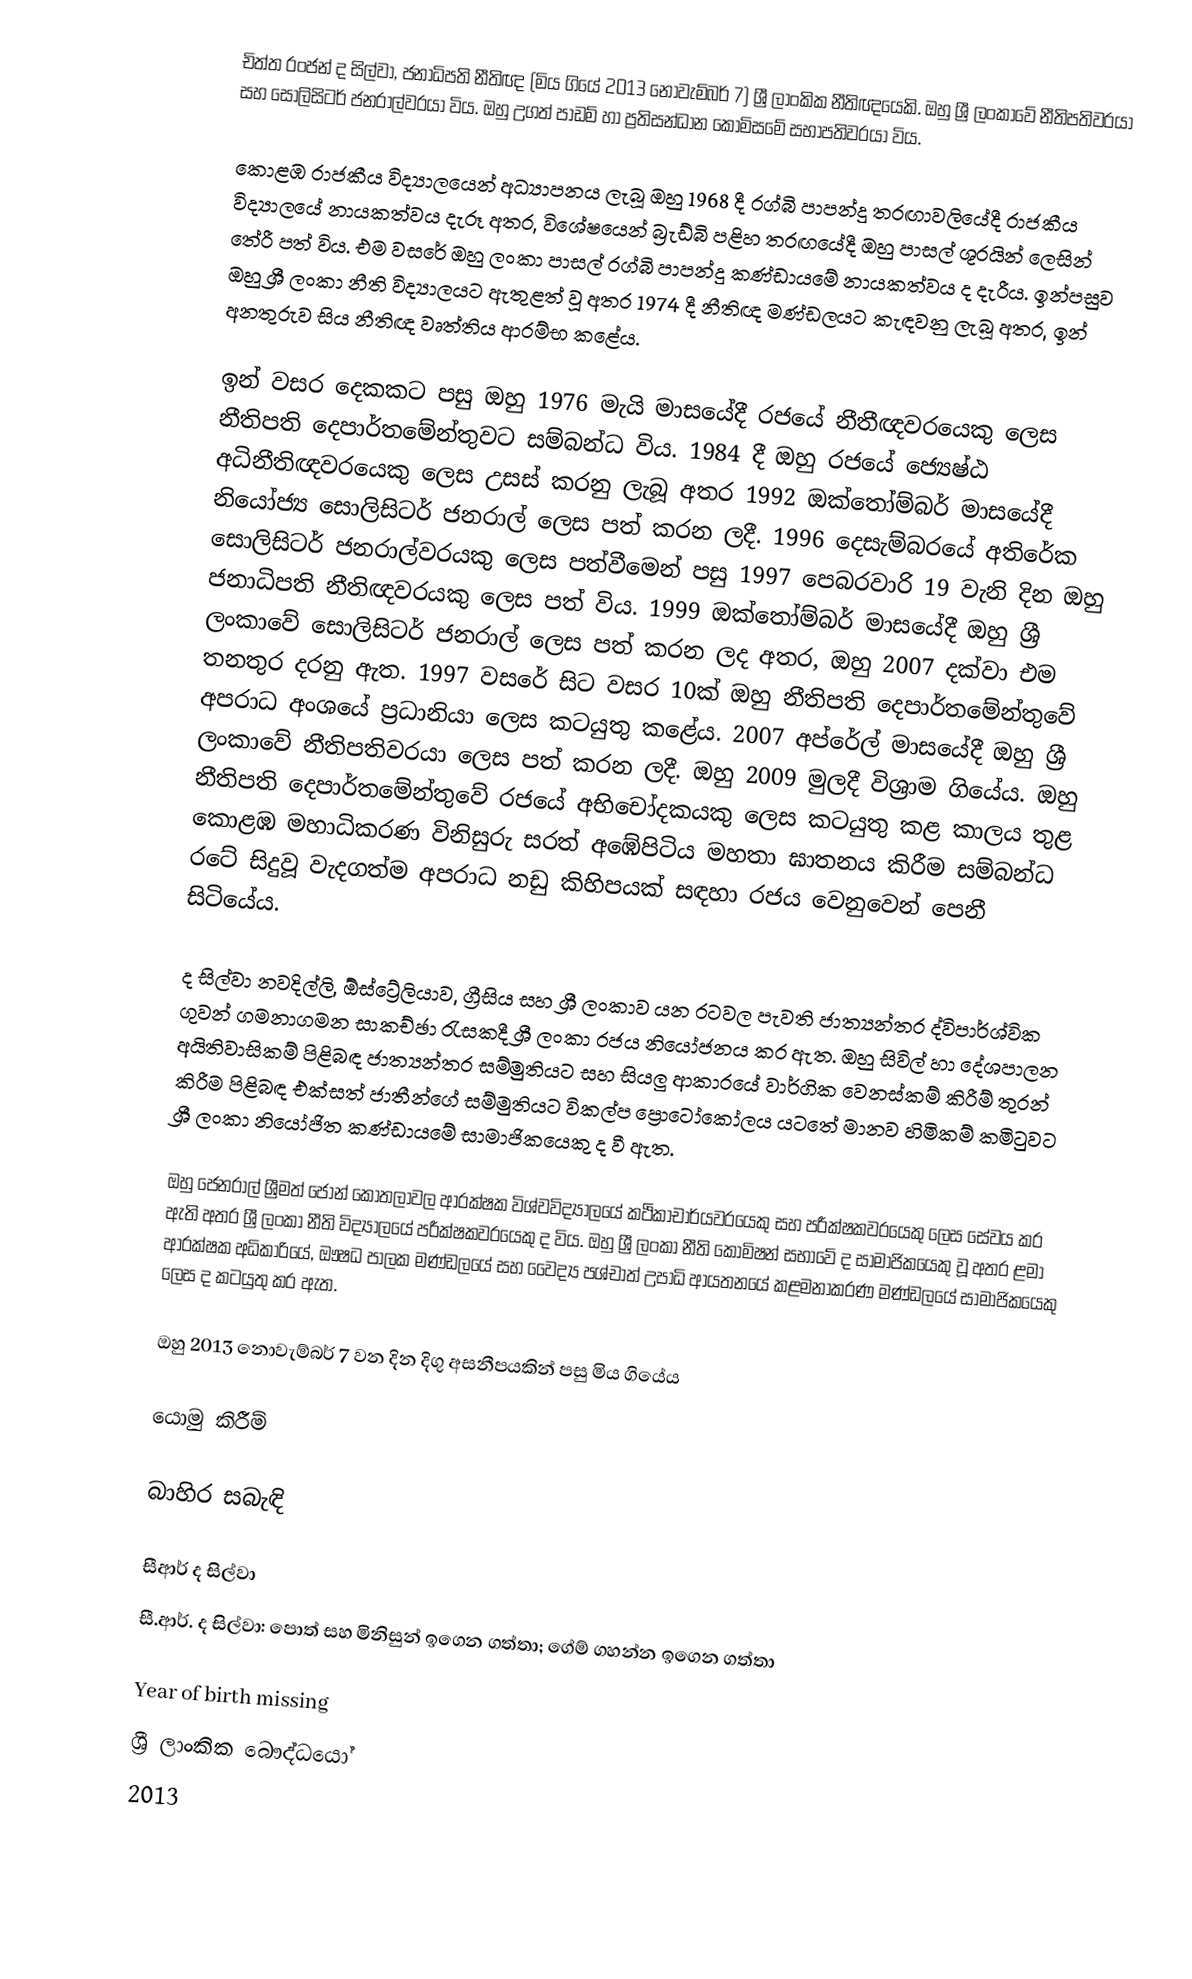
චිත්ත රංජන් ද සිල්වා, ජනාධිපති නීතිඥ (මිය ගියේ 2013 නොවැම්බර් 7) ශ්‍රී ලාංකික නීතිඥයෙකි. ඔහු ශ්‍රී ලංකාවේ නීතිපතිවරයා සහ සොලිසිටර් ජනරාල්වරයා විය. ඔහු උගත් පාඩම් හා ප්‍රතිසන්ධාන කොමිසමේ සභාපතිවරයා විය.

කොළඹ රාජකීය විද්‍යාලයෙන් අධ්‍යාපනය ලැබූ ඔහු 1968 දී රග්බි පාපන්දු තරඟාවලියේදී රාජකීය විද්‍යාලයේ නායකත්වය දැරූ අතර, විශේෂයෙන් බ්‍රැඩ්බි පළිහ තරඟයේදී ඔහු පාසල් ශූරයින් ලෙසින් තේරී පත් විය. එම වසරේ ඔහු ලංකා පාසල් රග්බි පාපන්දු කණ්ඩායමේ නායකත්වය ද දැරීය. ඉන්පසුව ඔහු ශ්‍රී ලංකා නීති විද්‍යාලයට ඇතුළත් වූ අතර 1974 දී නීතිඥ මණ්‌ඩලයට කැඳවනු ලැබූ අතර, ඉන් අනතුරුව සිය නීතිඥ වෘත්තිය ආරම්භ කළේය.

ඉන් වසර දෙකකට පසු ඔහු 1976 මැයි මාසයේදී රජයේ නීතීඥවරයෙකු ලෙස නීතිපති දෙපාර්තමේන්තුවට සම්බන්ධ විය. 1984 දී ඔහු රජයේ ජ්‍යෙෂ්ඨ අධිනීතිඥවරයෙකු ලෙස උසස් කරනු ලැබූ අතර 1992 ඔක්තෝම්බර් මාසයේදී නියෝජ්‍ය සොලිසිටර් ජනරාල් ලෙස පත් කරන ලදී. 1996 දෙසැම්බරයේ අතිරේක සොලිසිටර් ජනරාල්වරයකු ලෙස පත්වීමෙන් පසු 1997 පෙබරවාරි 19 වැනි දින ඔහු ජනාධිපති නීතිඥවරයකු ලෙස පත් විය. 1999 ඔක්තෝම්බර් මාසයේදී ඔහු ශ්‍රී ලංකාවේ සොලිසිටර් ජනරාල් ලෙස පත් කරන ලද අතර, ඔහු 2007 දක්වා එම තනතුර දරනු ඇත. 1997 වසරේ සිට වසර 10ක් ඔහු නීතිපති දෙපාර්තමේන්තුවේ අපරාධ අංශයේ ප්‍රධානියා ලෙස කටයුතු කළේය. 2007 අප්රේල් මාසයේදී ඔහු ශ්‍රී ලංකාවේ නීතිපතිවරයා ලෙස පත් කරන ලදී. ඔහු 2009 මුලදී විශ්‍රාම ගියේය. ඔහු නීතිපති දෙපාර්තමේන්තුවේ රජයේ අභිචෝදකයකු ලෙස කටයුතු කළ කාලය තුළ කොළඹ මහාධිකරණ විනිසුරු සරත් අඹේපිටිය මහතා ඝාතනය කිරීම සම්බන්ධ රටේ සිදුවූ වැදගත්ම අපරාධ නඩු කිහිපයක් සඳහා රජය වෙනුවෙන් පෙනී සිටියේය.

ද සිල්වා නවදිල්ලි, ඕස්ට්‍රේලියාව, ග්‍රීසිය සහ ශ්‍රී ලංකාව යන රටවල පැවති ජාත්‍යන්තර ද්විපාර්ශ්වික ගුවන් ගමනාගමන සාකච්ඡා රැසකදී ශ්‍රී ලංකා රජය නියෝජනය කර ඇත. ඔහු සිවිල් හා දේශපාලන අයිතිවාසිකම් පිළිබඳ ජාත්‍යන්තර සම්මුතියට සහ සියලු ආකාරයේ වාර්ගික වෙනස්කම් කිරීම් තුරන් කිරීම පිළිබඳ එක්සත් ජාතීන්ගේ සම්මුතියට විකල්ප ප්‍රොටෝකෝලය යටතේ මානව හිමිකම් කමිටුවට ශ්‍රී ලංකා නියෝජිත කණ්ඩායමේ සාමාජිකයෙකු ද වී ඇත.

ඔහු ජෙනරාල් ශ්‍රීමත් ජෝන් කොතලාවල ආරක්ෂක විශ්වවිද්‍යාලයේ කථිකාචාර්යවරයෙකු සහ පරීක්ෂකවරයෙකු ලෙස සේවය කර ඇති අතර ශ්‍රී ලංකා නීති විද්‍යාලයේ පරීක්ෂකවරයෙකු ද විය. ඔහු ශ්‍රී ලංකා නීති කොමිෂන් සභාවේ ද සාමාජිකයෙකු වූ අතර ළමා ආරක්ෂක අධිකාරියේ, ඖෂධ පාලක මණ්ඩලයේ සහ වෛද්‍ය පශ්චාත් උපාධි ආයතනයේ කළමනාකරණ මණ්ඩලයේ සාමාජිකයෙකු ලෙස ද කටයුතු කර ඇත.

ඔහු 2013 නොවැම්බර් 7 වන දින දිගු අසනීපයකින් පසු මිය ගියේය

යොමු කිරීම්

බාහිර සබැඳි

 සීආර් ද සිල්වා
 සී.ආර්. ද සිල්වා: පොත් සහ මිනිසුන් ඉගෙන ගත්තා; ගේම් ගහන්න ඉගෙන ගත්තා

Year of birth missing
ශ්‍රී ලාංකික බෞද්ධයෝ
2013